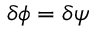
\delta \phi = \delta \psi